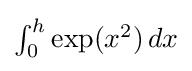
\textstyle \int _{0}^{h}\exp(x^{2})\,dx